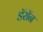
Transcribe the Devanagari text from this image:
डॅरॉन